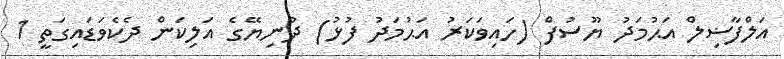
އަލްފާޟިލް އަޙުމަދު ޔޫސުފް (ހައިވަކަރު އަޙުމަދު ފުޅު) ދުނިޔޭގެ އަލިކަން ދެކެވަޑައިގަތީ 1